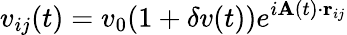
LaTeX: v_{ij}(t)=v_{0}(1+\delta v(t))e^{i{\mathbf A}(t)\cdot{\mathbf r}_{ij}}